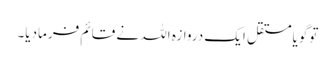
توگویامستقل ایک دروازہ اللہ نے قائم فرمادیا۔